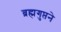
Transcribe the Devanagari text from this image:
ब्रह्मगुप्तने